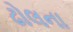
ઢોલના